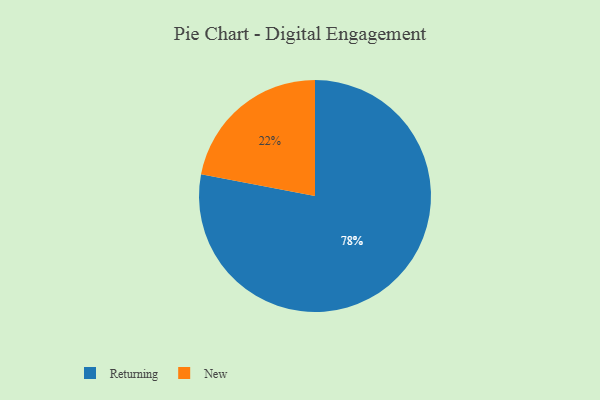
{"axis": {"x": "Category", "y": "Percentage"}, "legend": ["New", "Returning"], "data": [{"x": "Returning", "y": 78, "type": "Returning"}, {"x": "New", "y": 22, "type": "New"}]}